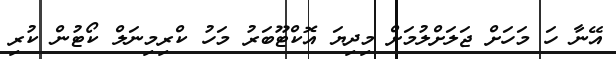
އޭނާ ހަ މަހަށް ޖަލަށްލުމަށް މިދިޔަ އޮކްޓޫބަރު މަހު ކްރިމިނަލް ކޯޓުން ކުރި